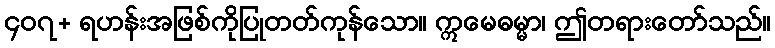
၄၀၇+ ရဟန်းအဖြစ်ကိုပြုတတ်ကုန်သော။ ဣမေဓမ္မာ၊ ဤတရားတော်သည်။